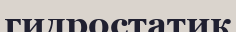
гидростатик